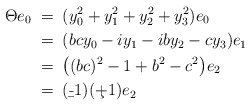
\begin{align*}\Theta e_0 & \;=\; (y_0^2+y_1^2+y_2^2+y_3^2)e_0 \\& \;=\; (bcy_0-iy_1-iby_2-cy_3)e_1 \\& \;=\; \big((bc)^2-1+b^2-c^2\big)e_2 \\& \;=\; (\b-1)(\c+1)e_2 \end{align*}